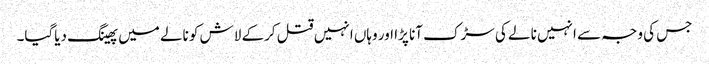
جس کی وجہ سے انہیں نالے کی سڑک آنا پڑا اور وہاں انہیں قتل کرکے لاش کو نالے میں پھینگ دیاگیا۔